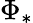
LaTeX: \Phi_{*}